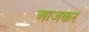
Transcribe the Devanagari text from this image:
आजकर